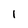
Character: 1